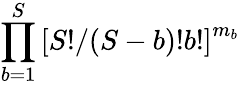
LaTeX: \prod_{b=1}^{S}\left[{S!}/{(S-b)!b!}\right]^{m_{b}}